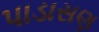
પાડાસણ